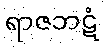
ရာဇဘဋံ